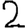
Digit: 2